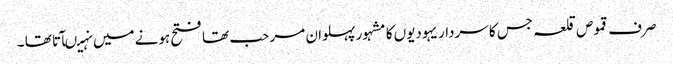
صرف قموص قلعہ جس کا سردار یہودیوں کا مشہور پہلوان مر حب تھا فتح ہونے میں نہیںآتا تھا ۔